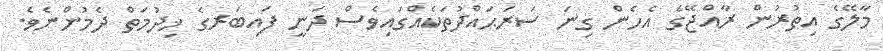
މާލޭގެ އިތުރުން ރާއްޖޭގެ އެހެން ގިނަ ސަރަޙައްދުތަކެއްގައިވެސް ދަނީ ފައިބަރގެ ޚިދުމަތް ދެމުންނެވެ.